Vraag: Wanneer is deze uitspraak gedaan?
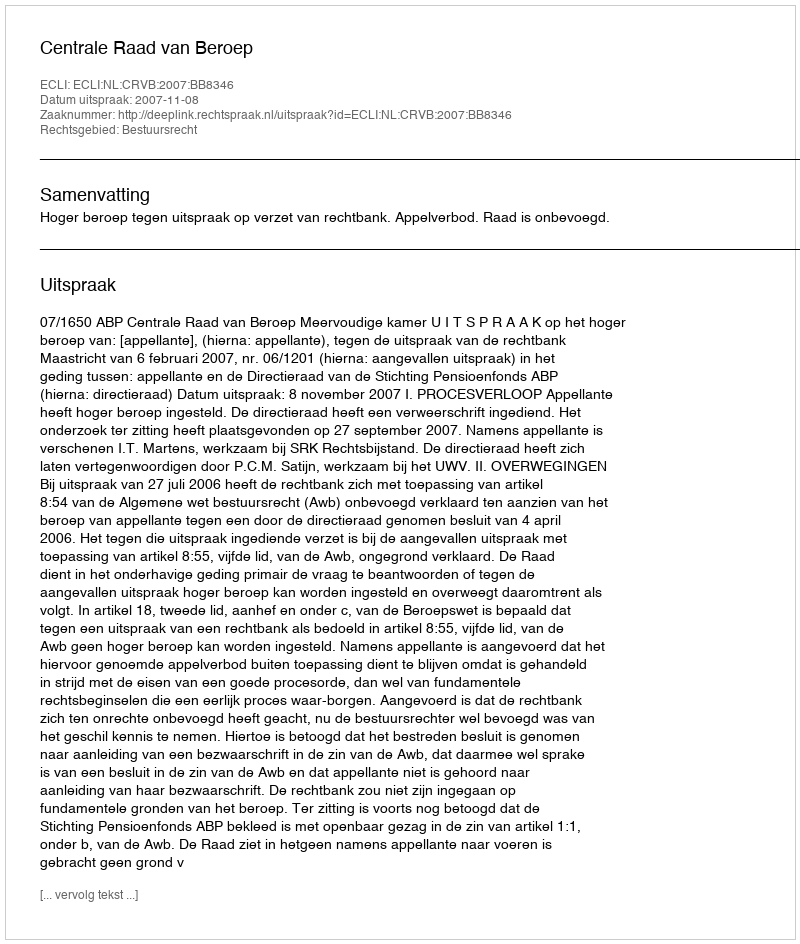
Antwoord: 2007-11-08